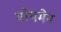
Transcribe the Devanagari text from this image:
मोथमेन